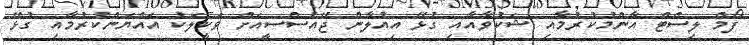
ފޯމް ލިސްޓް އާންމުކުރުމާއި ޝަކުވާއާއި ގުޅޭ އިއުލާން ޖޭއެސްސީއަށް ވަކީލަކު އައްޔަންކުރުމާއި ގުޅޭ